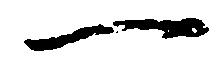
一